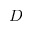
D